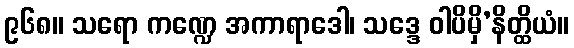
၉၆၈။ သရော ကဏ္ဍေ အကာရာဒေါ၊ သဒ္ဒေ ဝါပိမှိ’နိတ္ထိယံ။